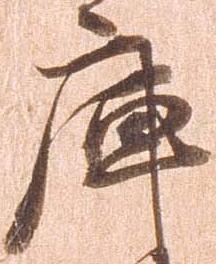
庫